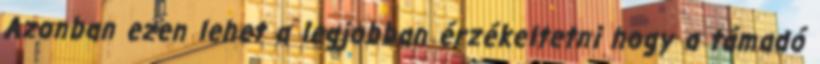
Azonban ezen lehet a legjobban érzékeltetni hogy a támadó